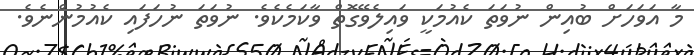
މާ އަވަހަށް ބުއިން ނުވަތަ ކެއުމަކީ ވައިލެވޭގޮތް ވާކަމެކެވެ. ނުވަތަ ނުހަފައި ކެއުމުންނެވެ.